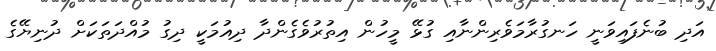
އަދި ބުނެފައިވަނީ ހަނގުރާމަވެރިންނާއި ގުޅޭ މީހުން އިތުރުވެގެންދާ ދިއުމަކީ ދިގު މުއްދަތަކަށް ދުނިޔޭގެ